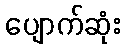
ပျောက်ဆုံး